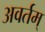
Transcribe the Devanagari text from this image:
अवर्तम्